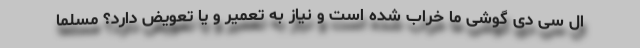
ال سی دی گوشی ما خراب شده است و نیاز به تعمیر و یا تعویض دارد؟ مسلماً